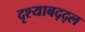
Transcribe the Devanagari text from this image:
दृश्याबद्द्ल